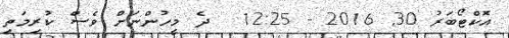
އޮކްޓޯބަރު 30